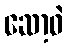
ဆော့ဝဲ